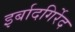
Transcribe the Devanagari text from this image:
इर्बादगिर्रेद